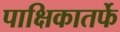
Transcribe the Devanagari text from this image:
पाक्षिकातर्फे